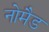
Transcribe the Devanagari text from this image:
नोमैड